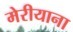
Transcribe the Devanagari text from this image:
मेरीयाना